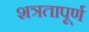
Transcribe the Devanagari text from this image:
शत्रतापूर्ण